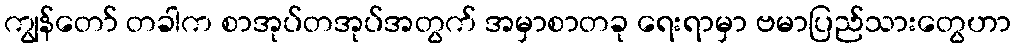
ကျွန်တော် တခါက စာအုပ်တအုပ်အတွက် အမှာစာတခု ရေးရာမှာ ဗမာပြည်သားတွေဟာ